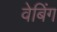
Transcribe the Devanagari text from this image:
वेबिंग